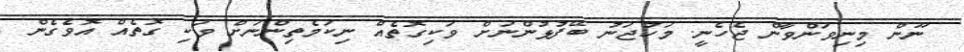
ނޫން މިނިވަންވާން ޖެހެނީ. މަހުޖަނު ބޭފުޅުންނަށް ވަކިގޮތެއް ނިކަމެތިންނަށް ވަކި ގޮތެއް އޮވެގެން